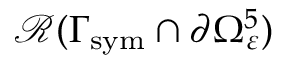
\mathcal { R } ( \Gamma _ { \mathrm { s y m } } \cap \partial \Omega _ { \varepsilon } ^ { 5 } )